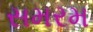
સમરમ